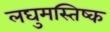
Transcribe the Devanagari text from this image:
लघुमस्तिष्क